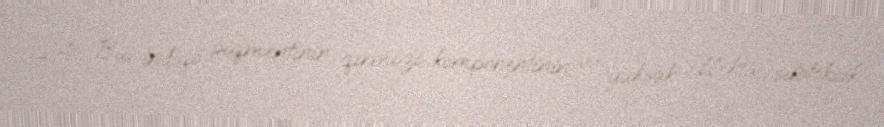
[24] Bu, indiqo piqmentinin qırmızı komponentinin və yüksək effektiv sitotoksik